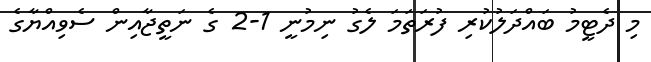
މި ދެޓީމު ބައްދަލުކުރި ފުރަތަމަ ލެގު ނިމުނީ 1-2 ގެ ނަތީޖާއިން ސެވިއްޔާގެ